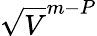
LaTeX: \sqrt{V}^{m-P}